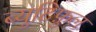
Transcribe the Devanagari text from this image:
ब्युटिफ़ुल